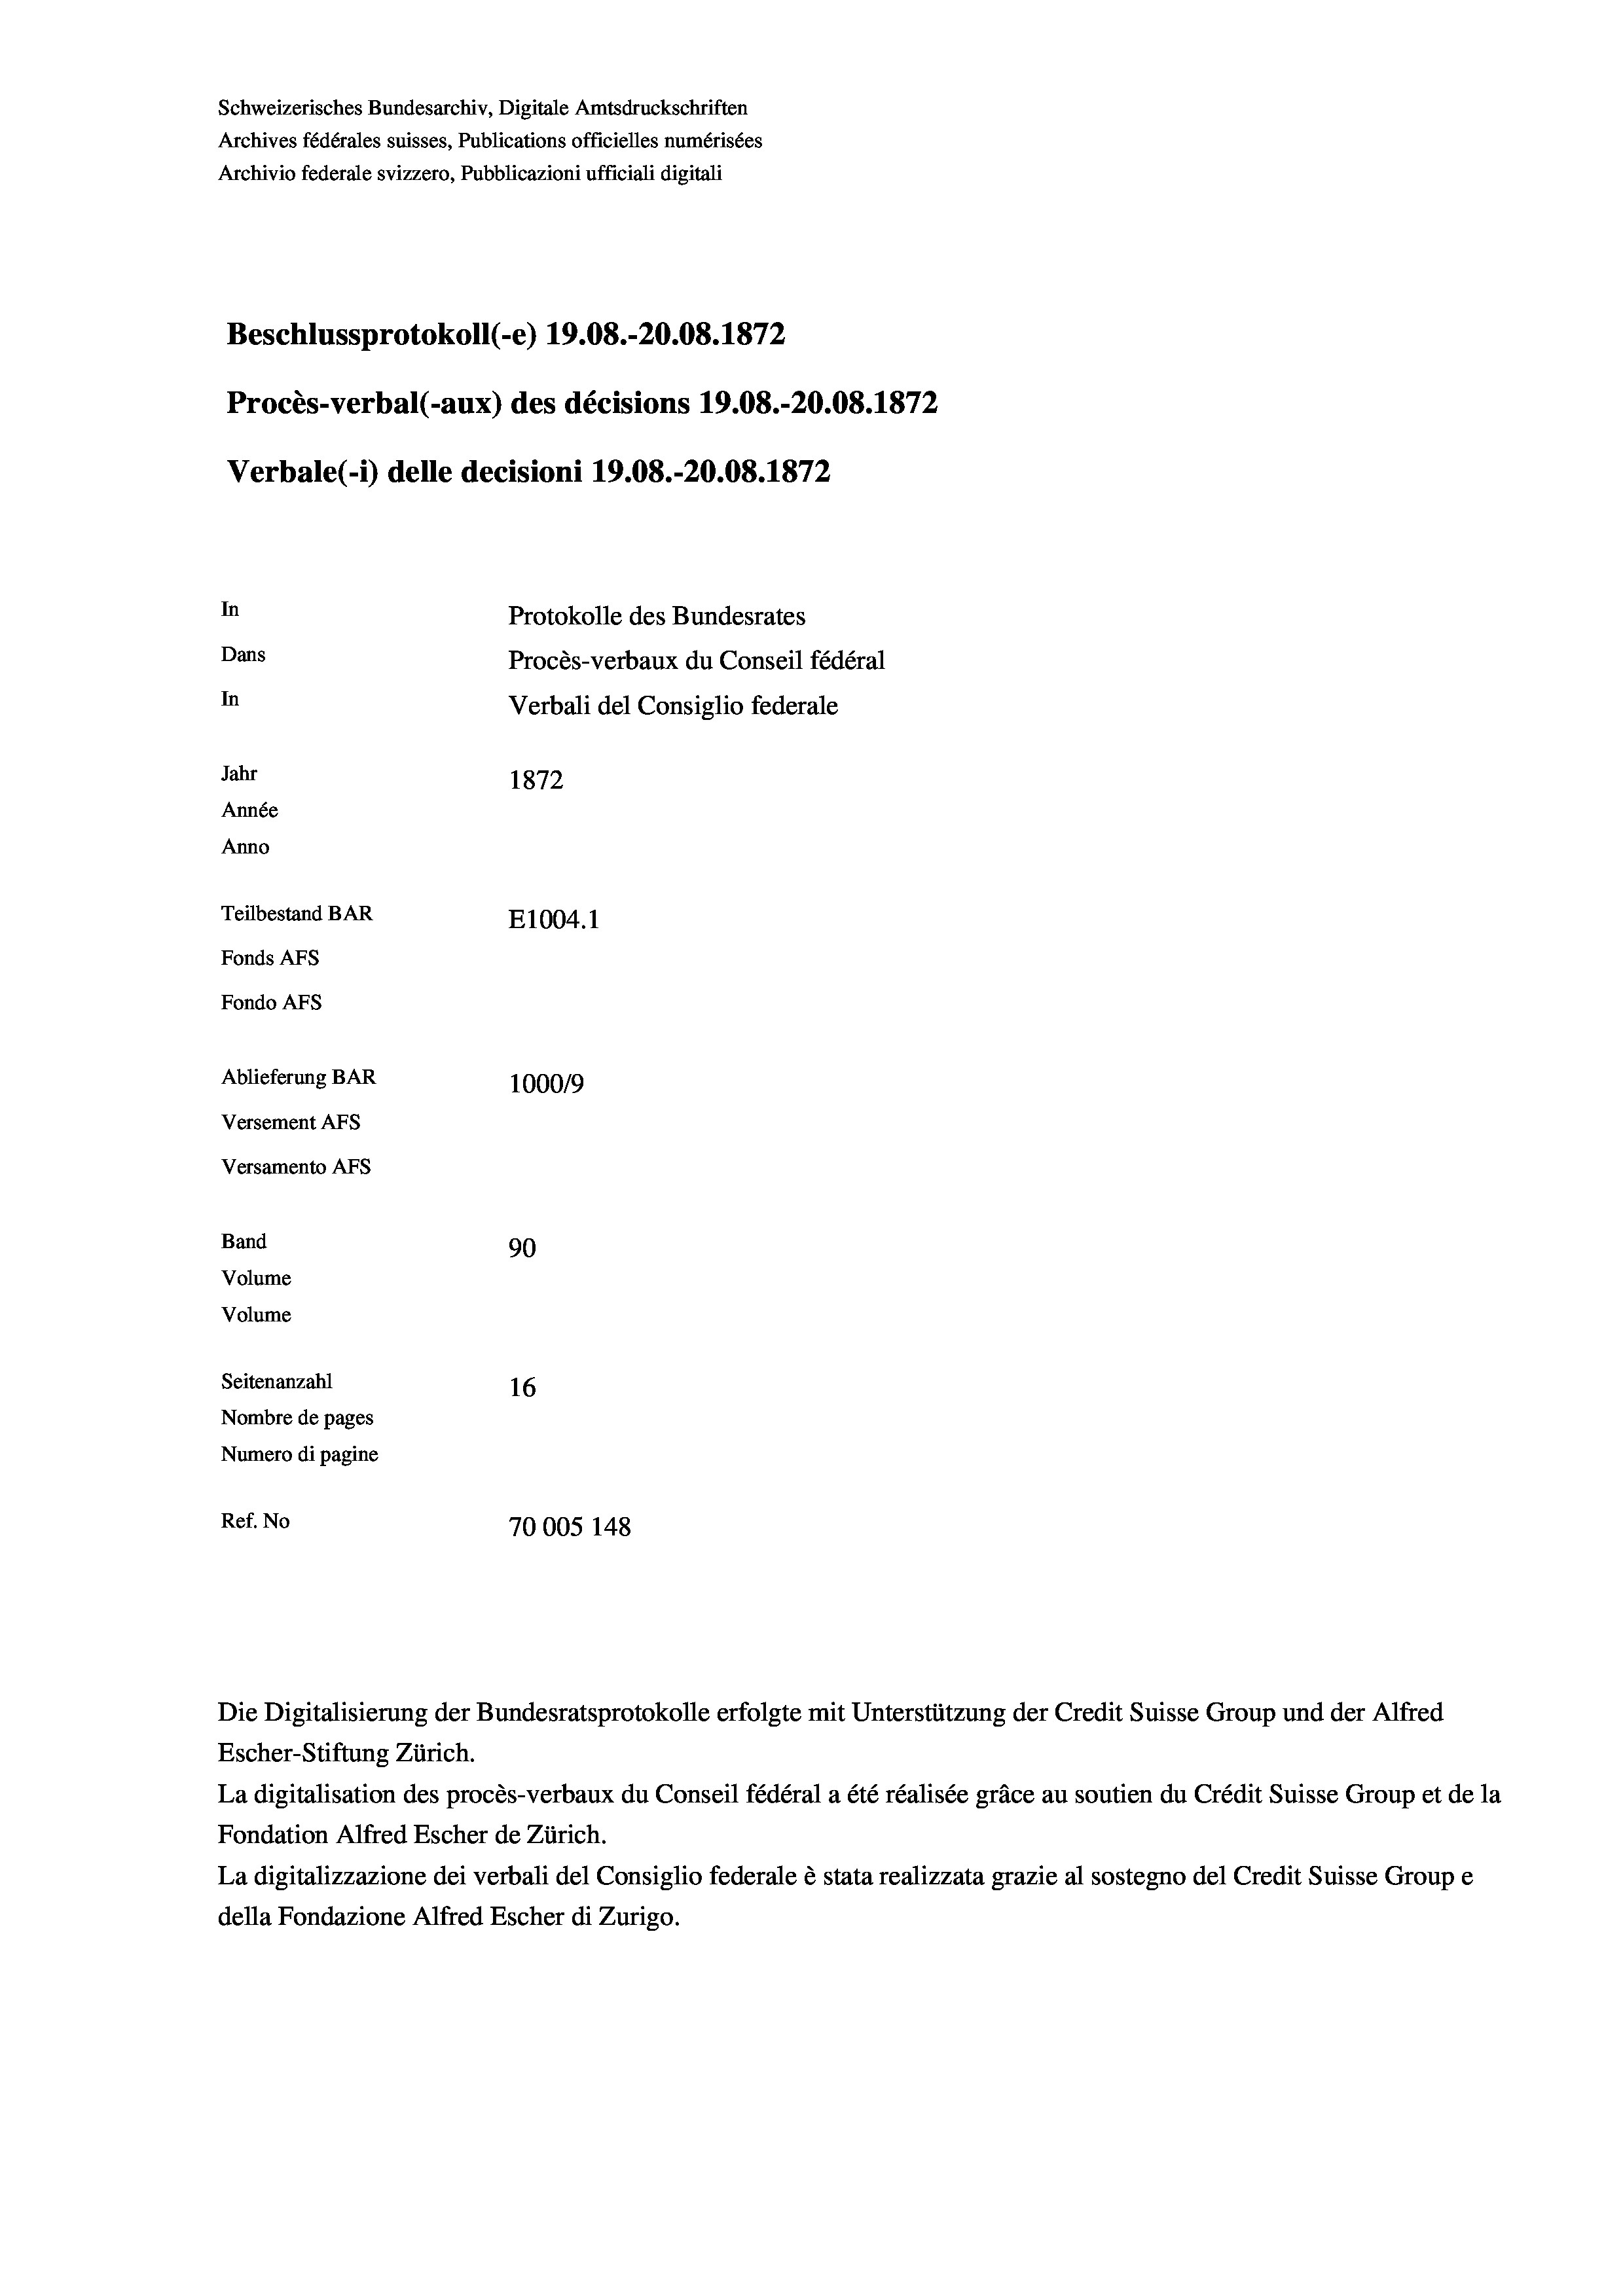
Schweizerisches Bundesarchiv, Digitale Amtsdruckschriften
Archives fédérales suisses, Publications officielles numérisées
Archivio federale svizzero, Pubblicazioni ufficiali digitali
Beschlussprotokoll (-e) 19.08.-20.08. 1872
Procès-verbal (-aux) des décisions 19.08.-20.08. 1872
Verbale (- 1) delle decisioni 19.08.-20.08. 1872
In
Protokolle des Bundesrates
Dans
Procès-verbaux du Conseil fédéral
In
Verbali del Consiglio federale
Jahr
1872
Année
Anno
Teilbestand BAR
E1004. 1
Fonds AFs
Fondo AFS
Ablieferung BAR
100019
Versement AFs
Versamento AFs
Band
90
Volume
Volume
Seitenanzahl
16
Nombre de pages
Numero di pagine
Ref. No
70005 148

La digitalisation des procès-verbaux du Conseil fédéral a été réalisée gräce au soutien du Crédit Suisse Group et de la
Fondation Alfred Escher de Zürich.
La digitalizzazione dei verbali del Consiglio federale è stata realizzata grazie al sostegno del Credit Suisse Groupe
della Fondazione Alfred Escher di Zurigo.

Die Digitalisierung der Bundesratsprotokolle erfolgte mit Unterstützung der Credit Suisse Group und der Alfred
Escher-Stiftung Zürich.